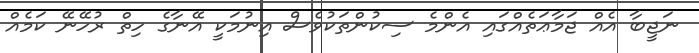
ނަޖީބާ އެއް ޖަމާޢަތެއްގައި އެންމެ ސިކުންތަކުވެސް އިނުމަކީ އޭނާގެ ހިތް ރުހޭނޭ ކަމެއް